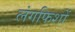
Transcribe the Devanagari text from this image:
लंगफिशों